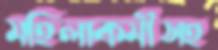
মহিলাকর্মীসহ